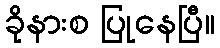
ခိုနားစ ပြုနေပြီ။